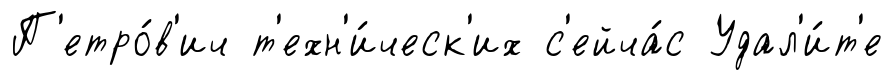
П'етро́в'ич т'ехн'и́ческ'их с'ейча́с Удал'и́т'е